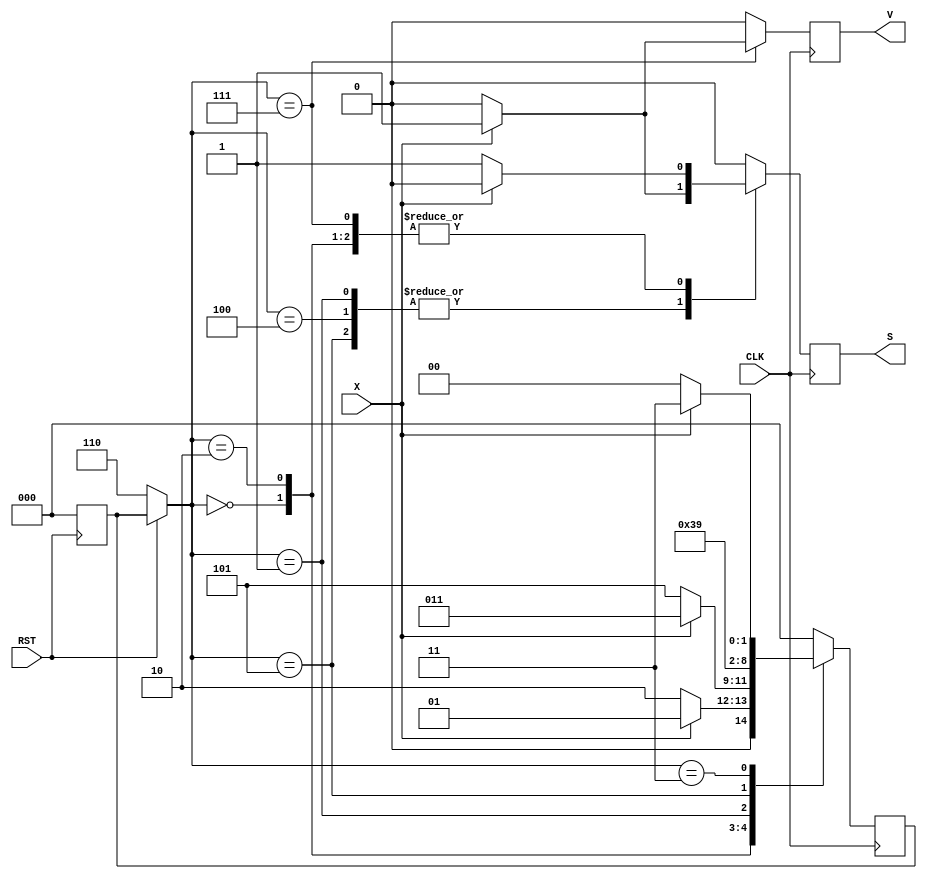
`timescale 1ns / 1ps
//////////////////////////////////////////////////////////////////////////////////
// Company: 
// Engineer: 
// 
// Design Name: 
// Module Name: LAB1
// Project Name: 
// Target Devices: 
// Tool Versions: 
// Description: 
// 
// Dependencies: 
// 
// Revision:
// Revision 0.01 - File Created
// Additional Comments:
// 
//////////////////////////////////////////////////////////////////////////////////


module LAB1(X,CLK,RST,S,V);
input X;
input CLK; input RST;
output S;
output V;
reg S,V;
reg[2:0] CurrentState;
parameter  S0 = 3'b000, S1 = 3'b010, S2 = 3'b001, S3 = 3'b101, S4 = 3'b011, S5 = 3'b100,S6=3'b111, SI=3'b110;
initial begin
CurrentState = SI;
end
always@(negedge RST)begin
CurrentState = S0;
end
always@(negedge CLK)begin
    if(RST == 1'b0)begin
     CurrentState = SI;
     S=0;V=0;
    end
    case(CurrentState)
        S0:if(X==0)begin
        CurrentState = S1;
        S=1;V=0;
        end else begin
        CurrentState = S2;
        S=0;V=0;
        end
        S1:if(X==0)begin
        CurrentState = S3;
        S=1;V=0;
        end else begin
        CurrentState = S4;
        S=0;V=0;
        end
        S2:if(X==0)begin
        CurrentState = S4;
        S=0;V=0;
        end else begin
        CurrentState = S4;
        S=1;V=0;
        end
        S3:if(X==0)begin
        CurrentState = S5;
        S=0;V=0;
        end else begin
        CurrentState = S5;
        S=1;V=0;
        end
        S4:if(X==0)begin
        CurrentState = S5;
        S=1;V=0;
        end else begin
        CurrentState = S6;
        S=0;V=0;
        end
        S5:if(X==0)begin
        CurrentState = S0;
        S=0;V=0;
        end else begin
        CurrentState = S0;
        S=1;V=0;
        end
        S6:if(X==0)begin
        CurrentState = S0;
        S=1;V=0;
        end else begin
        CurrentState = S0;
        S=0;V=1;
        end
        default begin 
        CurrentState = S0;
        S=0;V=0;
        end
    endcase
end
endmodule